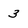
Character: 3